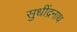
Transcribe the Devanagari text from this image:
सुधींद्रनाथ